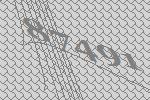
87491